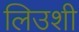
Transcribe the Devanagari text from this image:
लिउशी